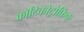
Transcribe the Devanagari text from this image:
कॉटिकोट्रोफ़िक